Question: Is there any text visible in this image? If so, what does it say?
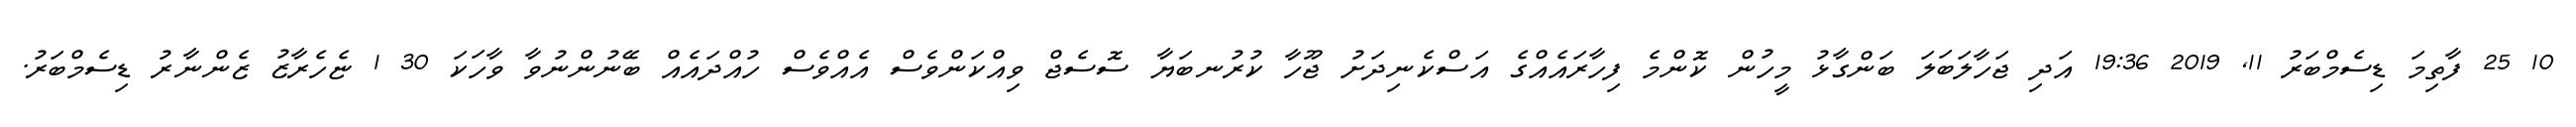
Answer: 10 25 ފާތިމަ ޑިސެމްބަރު 11, 2019 19:36 އަދި ޖަހާލަބަލަ ބަންގާޅު މީހުން ކޮންމެ ފިހާރައެއްގެ އަސްކެނިދަށު ޖޫހާ ކުރުނބަޔާ ސޮސެޖް ވިއްކަންވެސް އެއްވެސް ހުއްދައެއް ބޭނުންނުވާ ވާހަކަ 30 1 ޏެހެރާޒު ޒެންނާރު ޑިސެމްބަރު.